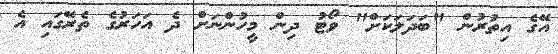
އޭގެ އިތުރުން "ބަދަލަކަށް" ވޯޓު ދިން މީހުންނަށް ދެ އަހަރުގެ ތެރޭގައި އެ